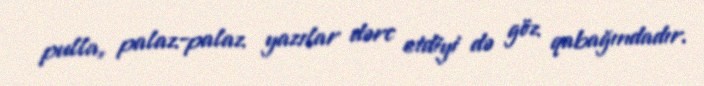
pulla, palaz-palaz yazılar dərc etdiyi də göz qabağındadır.